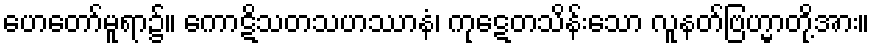
ဟေတော်မူရာ၌။ ကောဋိသတသဟဿာနံ၊ ကုဋေတသိန်းသော လူနတ်ဗြဟ္မာတို့အား။